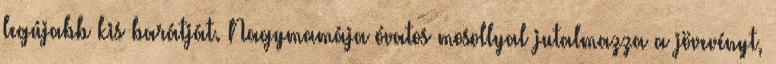
legújabb kis barátját. Nagymamája óvatos mosollyal jutalmazza a jövevényt,